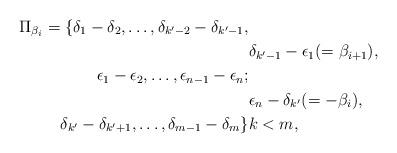
LaTeX: \begin{align*}\Pi_{\beta_i}=\{\delta_1-\delta_2,\ldots, \delta_{k'-2}-\delta_{k'-1}, \cr&\delta_{k'-1}-\epsilon_1(=\beta_{i+1}), \cr \epsilon_1-\epsilon_2,\ldots,\epsilon_{n-1}-\epsilon_n; \cr &\epsilon_n-\delta_{k'}(=-\beta_i),\cr \delta_{k'}-\delta_{k'+1},\ldots,\delta_{m-1}-\delta_m\}& k<m,\end{align*}